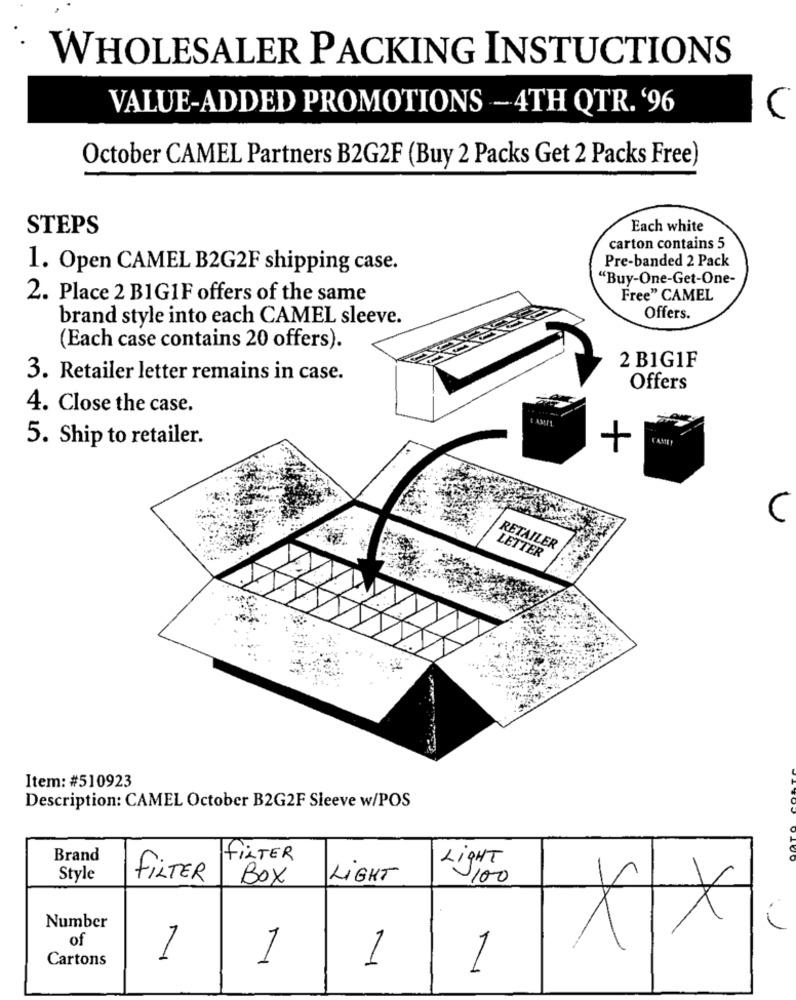
WHOLESALER PACKING INSTUCTIONS
VALUE-ADDED PROMOTIONS - 4TH QTR. '96
October CAMEL Partners B2G2F (Buy 2 Packs Get 2 Packs Free)
STEPS
Each white
carton contains 5
Pre-banded 2 Pack
1. Open CAMEL B2G2F shipping case.
"Buy-One-Get-One-
2. Place 2 B1GIF offers of the same
Free" CAMEL
brand style into each CAMEL sleeve.
Offers.
(Each case contains 20 offers).
2 B1G1F
3. Retailer letter remains in case.
Offers
4. Close the case.
5. Ship to retailer.
CAME
C
RETAILER
LETTER
Item: #510923
Description: CAMEL October B2G2F Sleeve w/POS
Brand
FILTER
LIGHT
Style
FILTER
Box
LIGHT
100
Number
of
xx
Cartons
7
1
1